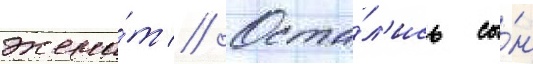
жена́т // Оста́л'ись сы́н